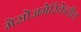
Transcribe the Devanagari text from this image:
मेसोअमेरिकेतील